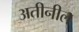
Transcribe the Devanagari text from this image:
अतीनील